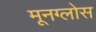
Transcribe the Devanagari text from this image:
मूनग्लोस